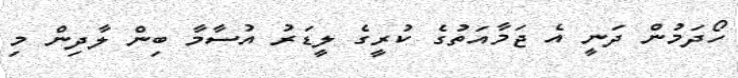
ހޯދަމުން ދަނީ އެ ޖަމާއަތުގެ ކުރީގެ ލީޑަރު އުސާމާ ބިން ލާދިން މި